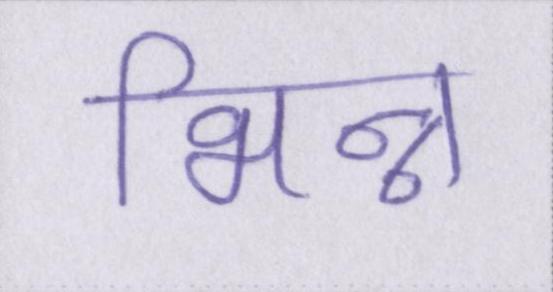
भिन्न